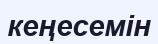
кеңесемін